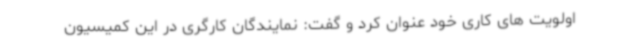
اولویت های کاری خود عنوان کرد و گفت: نمایندگان کارگری در این کمیسیون